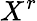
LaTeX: X^{r}